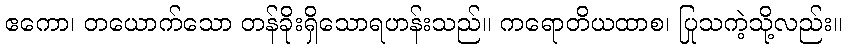
ဧကော၊ တယောက်သော တန်ခိုးရှိသောရဟန်းသည်။ ကရောတိယထာစ၊ ပြုသကဲ့သို့လည်း။